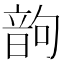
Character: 𩐝